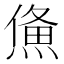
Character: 𤌈